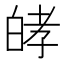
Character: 𤽴